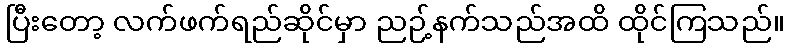
ပြီးတော့ လက်ဖက်ရည်ဆိုင်မှာ ညဉ့်နက်သည်အထိ ထိုင်ကြသည်။